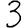
Digit: 3